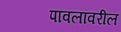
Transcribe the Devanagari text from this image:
पावलांवरील